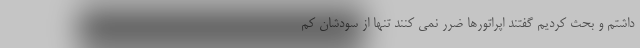
داشتم و بحث کردیم گفتند اپراتورها ضرر نمی کنند تنها از سودشان کم